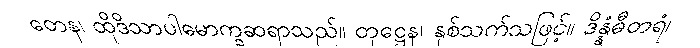
တေန၊ ထိုဒိသာပါမောက္ခဆရာသည်။ တုဋ္ဌေန၊ နှစ်သက်သဖြင့်။ ဒိန္နံဓီတရံ၊